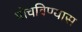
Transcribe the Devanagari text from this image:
पोचविण्यास